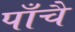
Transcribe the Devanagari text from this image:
पाँचै